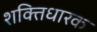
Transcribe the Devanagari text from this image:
शक्तिधारक